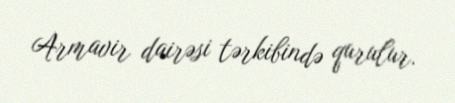
Armavir dairəsi tərkibində qurulur.